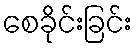
စေခိုင်းခြင်း